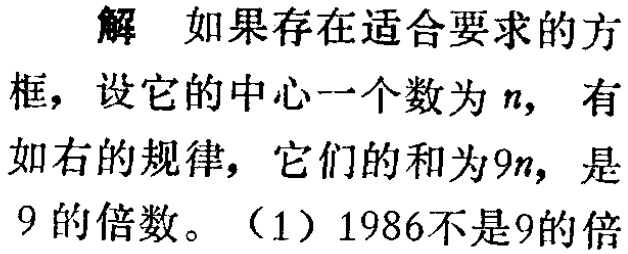
解 如果存在适合要求的方

框，设它的中心一个数为\(n\)，有

如右的规律，它们的和为\(9n\)，是

\(9\)的倍数。（1）\(1986\)不是\(9\)的倍